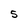
Character: S